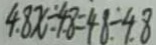
4 . 8 x \div 4 . 8 = 4 8 \div 4 . 8